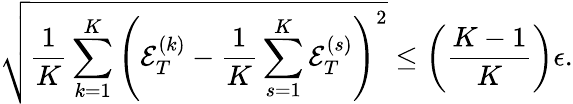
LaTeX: \sqrt{\frac{1}{K}\sum_{k=1}^{K}\left({\mathcal E}_{T}^{(k)}-\frac{1}{K}\sum_{s=1}^{K}{\mathcal E}_{T}^{(s)}\right)^{2}}\le\left(\frac{K-1}{K}\right)\epsilon.